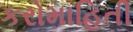
કરોમાહિતી